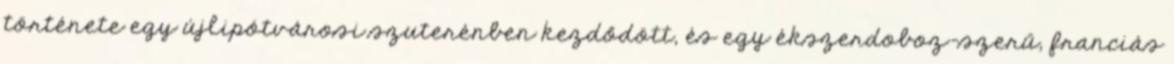
története egy újlipótvárosi szuterénben kezdődött, és egy ékszerdoboz-szerű, franciás